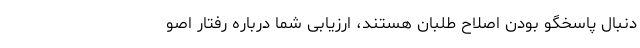
دنبال پاسخگو بودن اصلاح طلبان هستند، ارزیابی شما درباره رفتار اصو